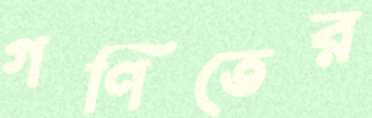
গণিতের